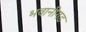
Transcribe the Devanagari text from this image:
भवानीगड